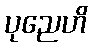
ပုညေဟိ